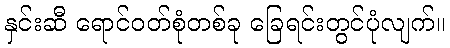
နှင်းဆီ ရောင်ဝတ်စုံတစ်ခု ခြေရင်းတွင်ပုံလျက်။